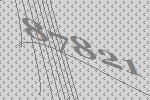
87821